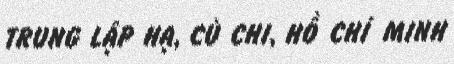
TRUNG LẬP HẠ, CỦ CHI, HỒ CHÍ MINH